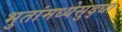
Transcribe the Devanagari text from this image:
भुतांमध्येसुद्धा